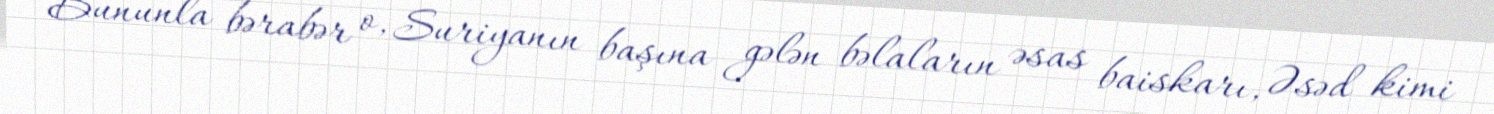
Bununla bərabər o, Suriyanın başına gələn bəlaların əsas baiskarı, Əsəd kimi